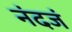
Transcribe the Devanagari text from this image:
नंदजं